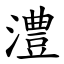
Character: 澧